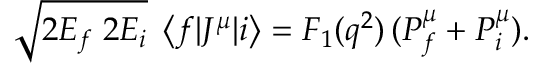
\sqrt { 2 E _ { f } \; 2 E _ { i } } \; \left< f | J ^ { \mu } | i \right> = F _ { 1 } ( q ^ { 2 } ) \, ( P _ { f } ^ { \mu } + P _ { i } ^ { \mu } ) .